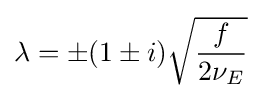
\lambda =\pm (1\pm i){\sqrt {\frac {f}{2\nu _{E}}}}